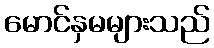
မောင်နှမများသည်